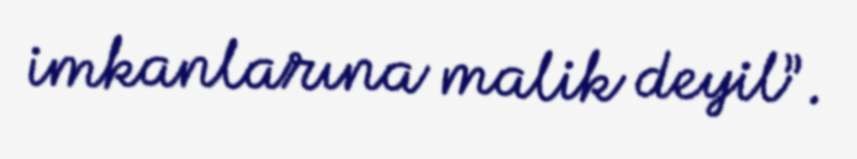
imkanlarına malik deyil”.